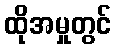
ထိုအမှုတွင်